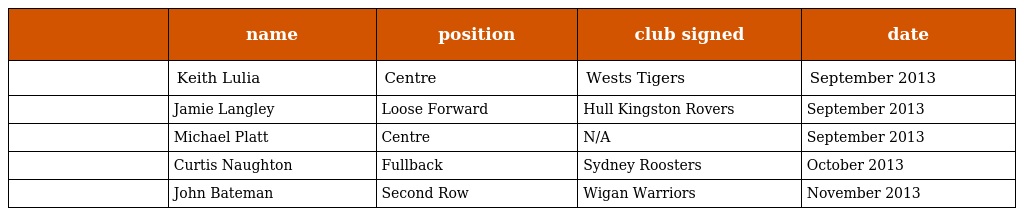
|  | name | position | club signed | date |
 | --- | --- | --- | --- | --- |
 |  | Keith Lulia | Centre | Wests Tigers | September 2013 |
 |  | Jamie Langley | Loose Forward | Hull Kingston Rovers | September 2013 |
 |  | Michael Platt | Centre | N/A | September 2013 |
 |  | Curtis Naughton | Fullback | Sydney Roosters | October 2013 |
 |  | John Bateman | Second Row | Wigan Warriors | November 2013 |